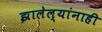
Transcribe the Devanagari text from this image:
झालेल्यांनाही